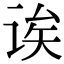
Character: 诶